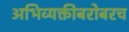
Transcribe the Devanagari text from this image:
अभिव्यक्तीबरोबरच